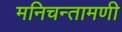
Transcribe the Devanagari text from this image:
मनिचन्तामणी